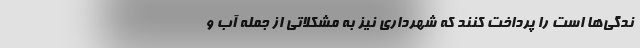
ندگی‌ها است را پرداخت کنند که شهرداری نیز به مشکلاتی از جمله آب و